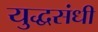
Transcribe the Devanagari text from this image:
युद्धसंधी